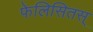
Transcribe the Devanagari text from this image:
फेलिसितस्